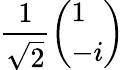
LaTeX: {\frac{1}{\sqrt{2}}}{\left(\begin{array}{l}{1}\\ {-i}\end{array}\right)}